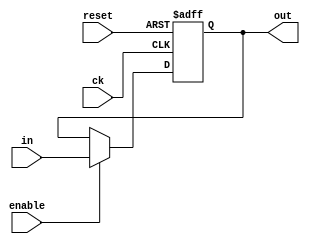
`timescale 1ns/1ns

module reg4b (in, out, ck, reset, enable);
input [3:0] in;
output [3:0] out;
input ck, reset, enable;

reg [3:0] out;

always @(posedge ck or posedge reset)
	if (reset)
		out <= 4'd0;
	else
		if (enable)
			out <= in;

endmodule